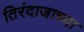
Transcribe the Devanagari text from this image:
तिरंदाजाच्या